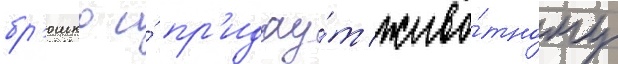
бр'юшко и́ пр'идау́т живо́тному